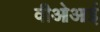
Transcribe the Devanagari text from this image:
वीओआई